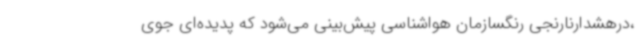
،درهشدارنارنجی رنگسازمان هواشناسی پیش‌بینی می‌شود که پدیده‌ای جوی